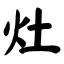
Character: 灶